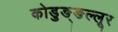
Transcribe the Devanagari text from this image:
कोडुङ्ङल्लूर